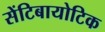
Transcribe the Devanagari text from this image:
सेंटिबायोटिक